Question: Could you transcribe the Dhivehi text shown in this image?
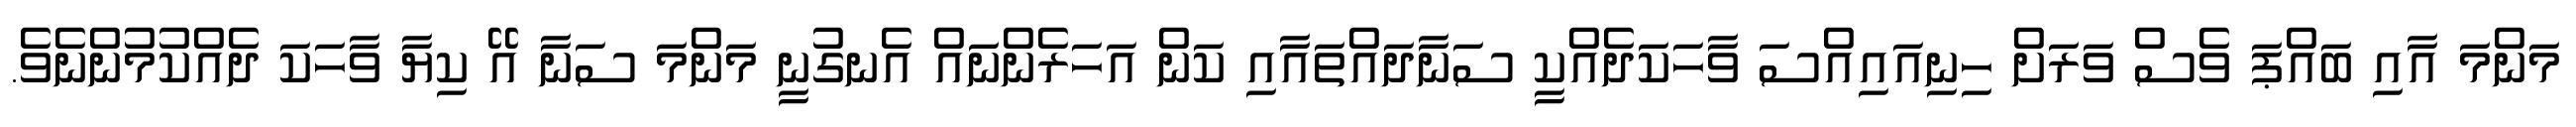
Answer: މަންމަ އާއި ބައްޕަ ވެސް ވަރަށް ހިނިއައިއްސަ ވާހަކަދެއްކީ ސަނާދައްތައާއި ކަން އަހަރެންނައް އެނގުނީ މަންމަ ސަނާ އޭ ކިޔާ ވާހަކަ ދެއްކުމުންނެވެ.